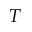
\cal T